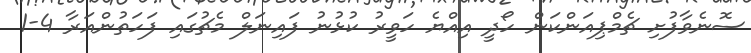
ސޮނެވާފުށި ޗެމްޕިއަންކަން ހޯދީ އިއްޔެ ހަވީރު ކުޅުނު ފައިނަލް މެޗުގައި ފަހަތުންއަރާ 4-1